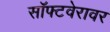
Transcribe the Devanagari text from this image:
सॉफ्टवेरावर